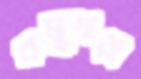
কলুপাড়া